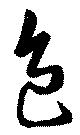
色